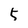
Character: 5